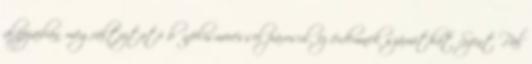
alapjaiban megváltoztató bűnfelismeréssel párosul, ez érdemnek számíthat Szent Pál